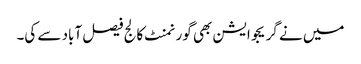
میں نے گریجوایشن بھی گورنمنٹ کالج فیصل آباد سے کی۔